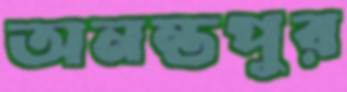
অনন্তপুর